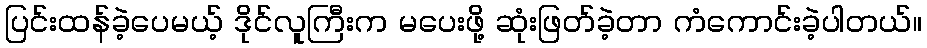
ပြင်းထန်ခဲ့ပေမယ့် ဒိုင်လူကြီးက မပေးဖို့ ဆုံးဖြတ်ခဲ့တာ ကံကောင်းခဲ့ပါတယ်။